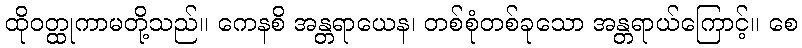
ထိုဝတ္ထုကာမတို့သည်။ ကေနစိ အန္တရာယေန၊ တစ်စုံတစ်ခုသော အန္တရာယ်ကြောင့်။ စေ